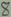
Text: 8